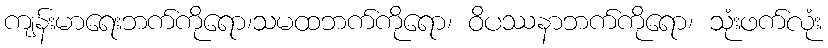
ကျန်းမာရေးဘက်ကိုရော၊သမထဘက်ကိုရော၊ ဝိပဿနာဘက်ကိုရော၊ သုံးဖက်လုံး